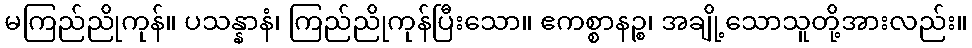
မကြည်ညိုကုန်။ ပသန္နာနံ၊ ကြည်ညိုကုန်ပြီးသော။ ဧကစ္စာနဉ္စ၊ အချို့သောသူတို့အားလည်း။